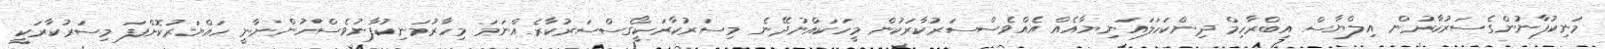
މަނިކުފާނުންގެސަރުކާރުން އިލްޔާސް އިބްރާހިމް ދިންކަހަލައަނިޔާއެއް އެއްވެސްސަރުކާރަކުން މީހަކައްނުދޭނެ މިސަރުކާރަކީގޯސްސަރުކާރެއްނަމަ މިހާރުމަނިކުފާނުވެސްހުންނާނީ ހައްޔަރުކޮށްފަ މިސަރުކާރަކީ